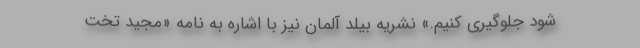
شود جلوگیری کنیم.» نشریه بیلد آلمان نیز با اشاره به نامه «مجید تخت